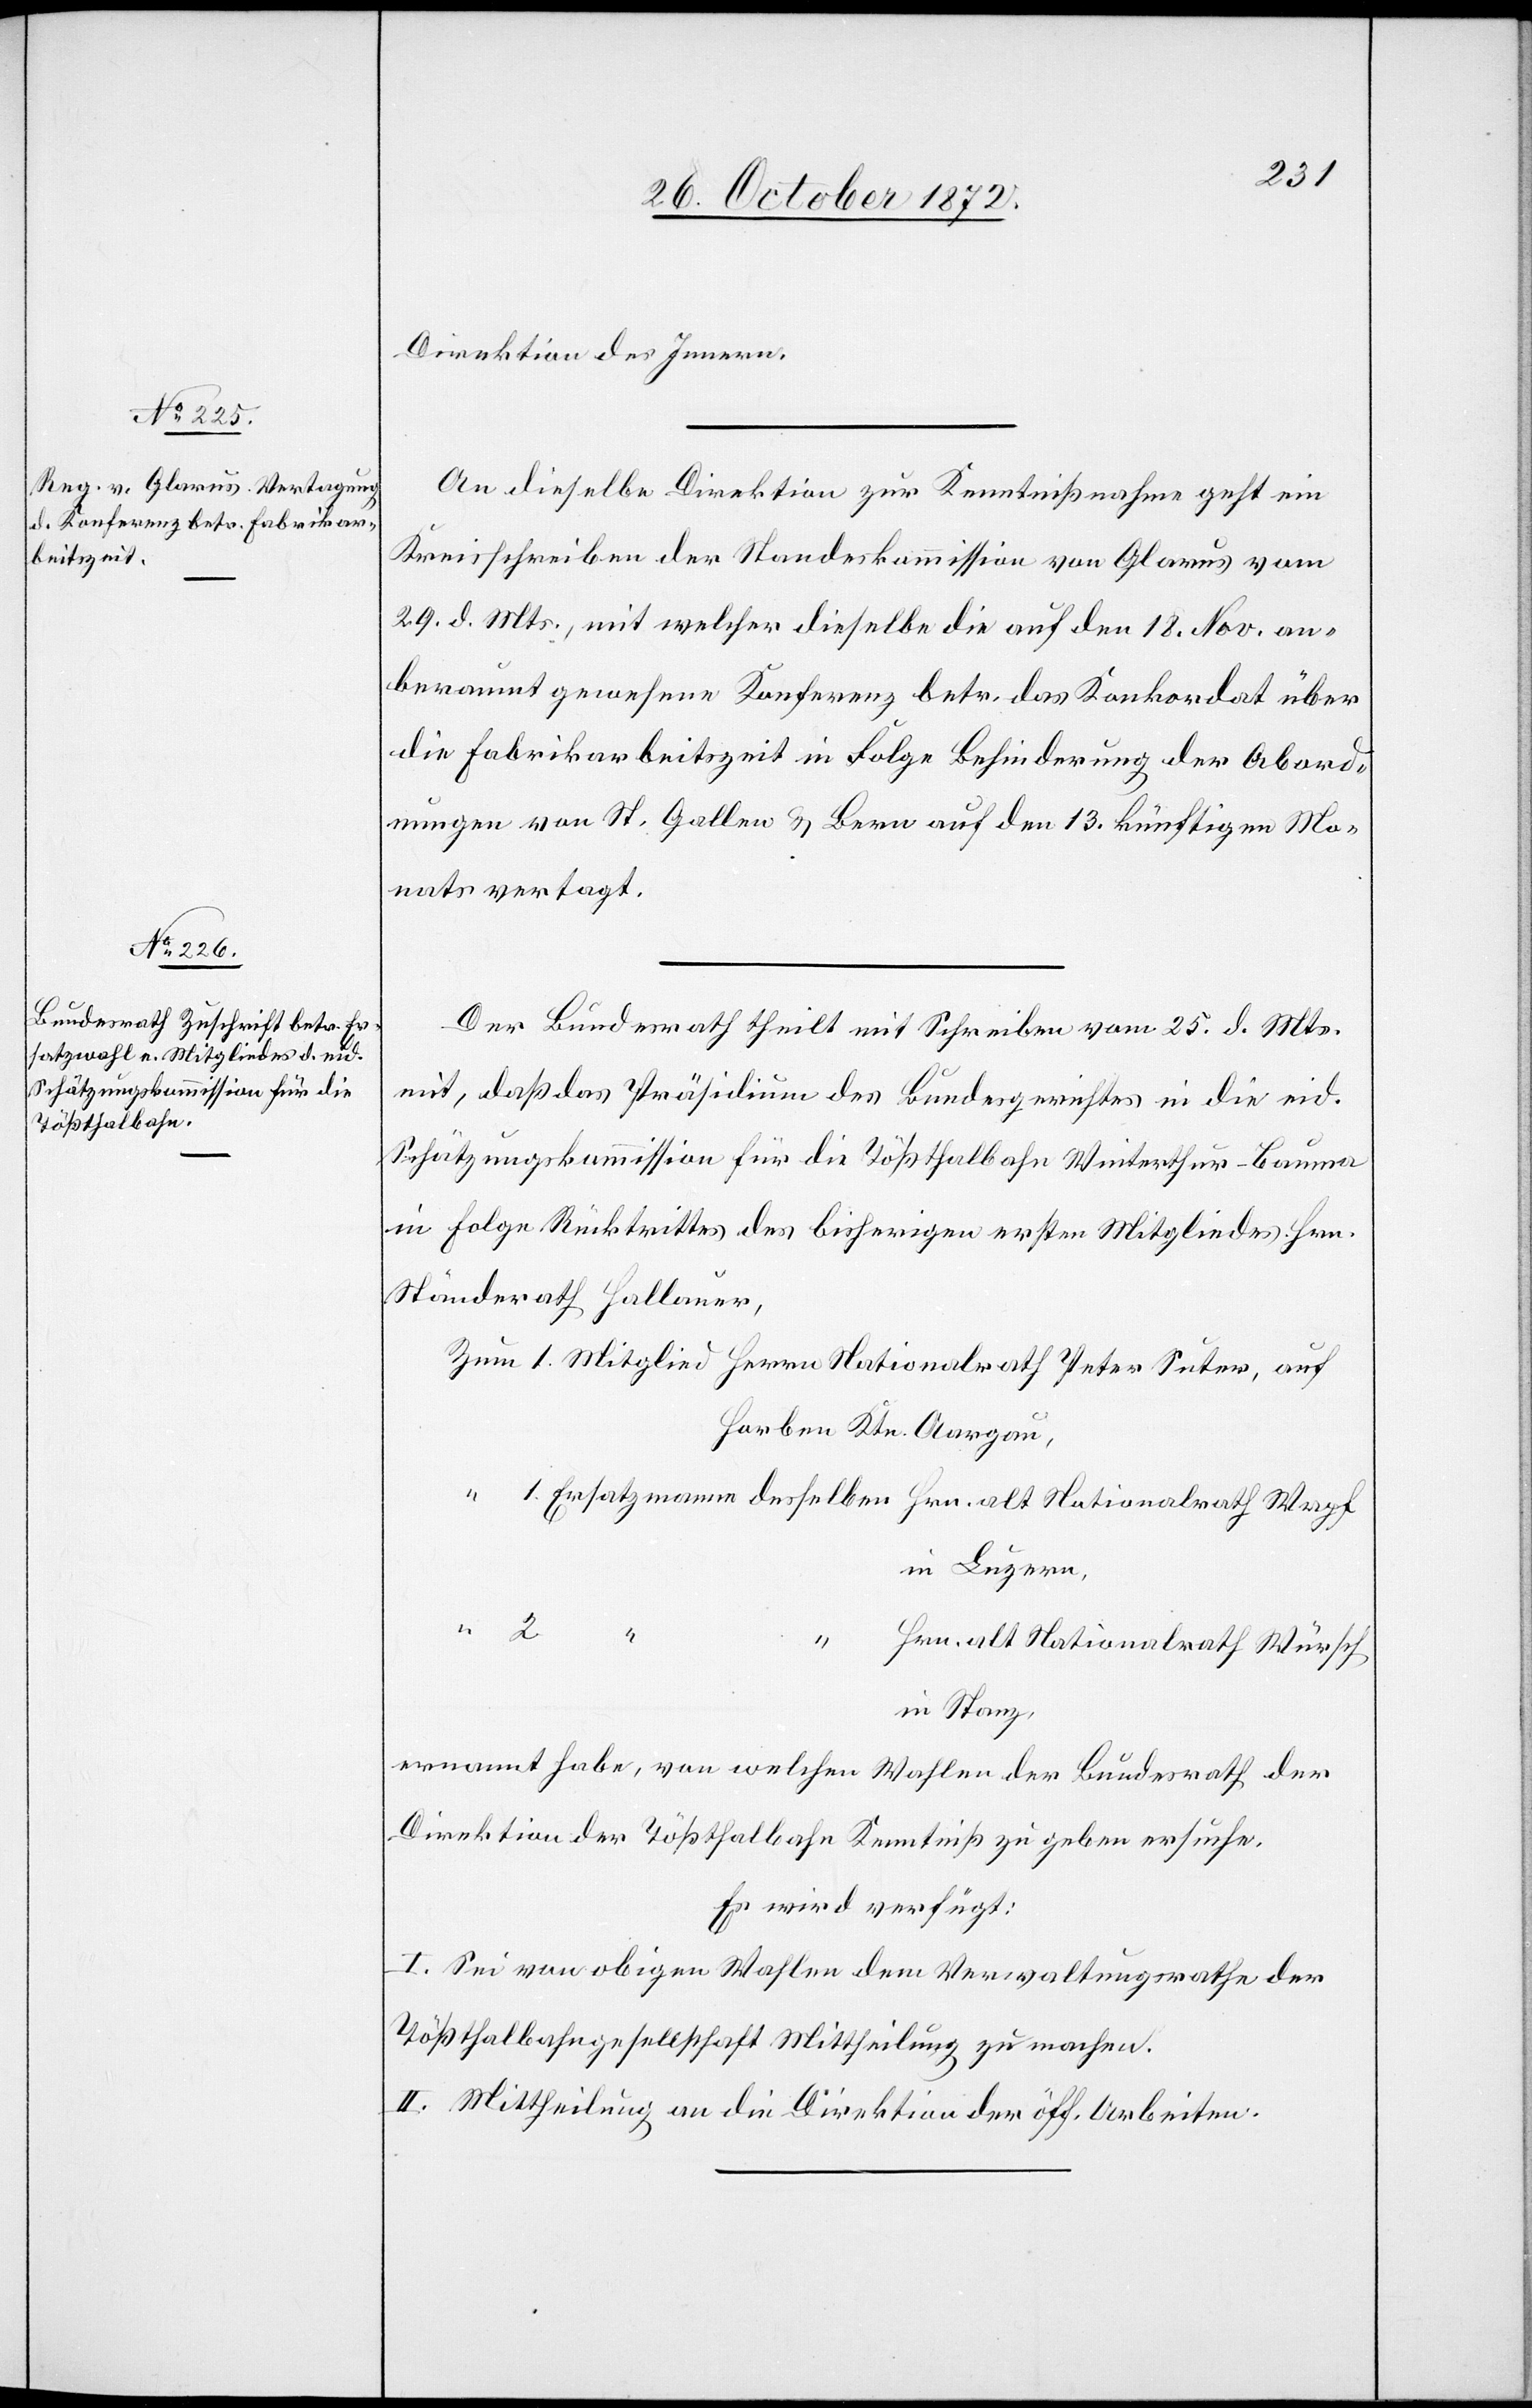
31. October 1872.]
Direktion des Innern.
An dieselbe Direktion zur Kenntnißnahme geht ein
Kreisschreiben der Standeskommission von Glarus vom
29. d. Mts., mit welcher dieselbe die auf den 18. Nov. an¬
beraumt gewesene Konferenz betr. das Konkordat über
die Fabrikarbeitszeit in Folge Behinderung der Abord¬
nungen von St. Gallen u. Bern auf den 13. künftigen Mo¬
nats vertagt.
Der Bundesrath theilt mit Schreiben vom 25. d. Mts.
mit, daß das Präsidium des Bundesgerichtes in die eid.
Schätzungskommission für die Tößthalbahn Winterthur–Bauma
in Folge Rücktrittes des bisherigen ersten Mitgliedes Hrn.
Ständerath Hallauer,
Horben Ktn. Aargau,
in Luzern,
2.
Hrn. alt. Nationalrath Würsch
in Stanz,
ernannt habe, von welchen Wahlen der Bundesrath der
Direktion der Tößthalbahn Kenntniß zu geben ersuche.
Es wird verfügt:
I. Sei von obigen Wahlen dem Verwaltungsrathe der
Tößthalbahngesellschaft Mittheilung zu machen.
II. Mittheilung an die Direktion der öff. Arbeiten.